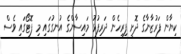
ކިޔާން ފަރުޒާނާގެ ދޮށީ ފިރިހެން ދަރިފުޅު މައިސާންގެ އުނގުގައި މި ފޮޓޯގައި ވެސް